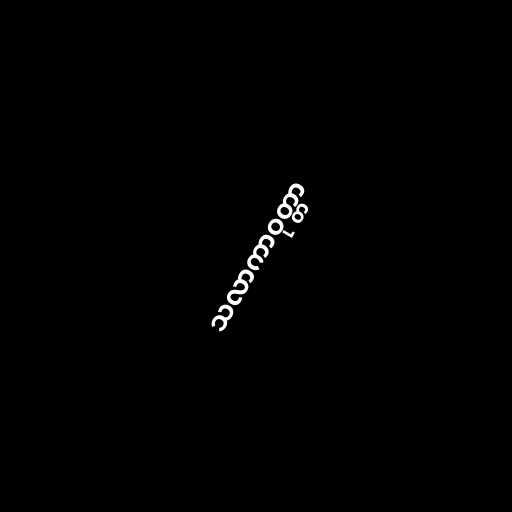
သလာကာဝုတ္တာ